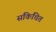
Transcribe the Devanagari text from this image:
संकिचित